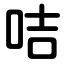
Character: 咭